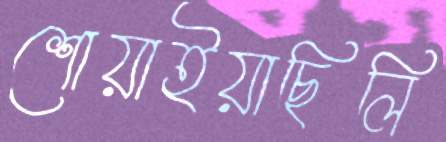
শোয়াইয়াছিলি